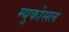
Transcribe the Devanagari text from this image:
म्युकोसल